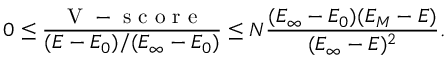
0 \le \frac { \mathrm { ~ V ~ - ~ s ~ c ~ o ~ r ~ e ~ } } { ( E - E _ { 0 } ) / ( E _ { \infty } - E _ { 0 } ) } \le N \frac { ( E _ { \infty } - E _ { 0 } ) ( E _ { M } - E ) } { ( E _ { \infty } - E ) ^ { 2 } } .